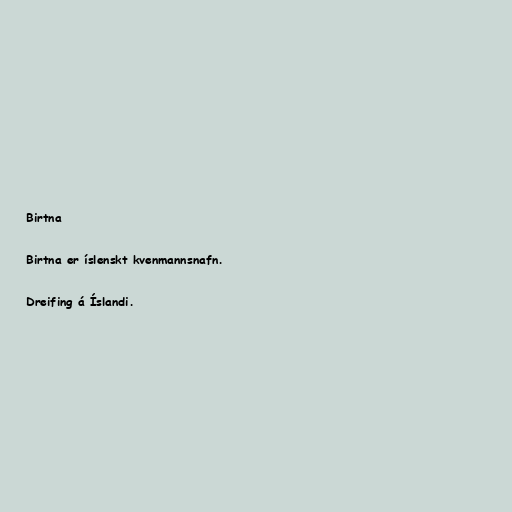
Birtna

Birtna er íslenskt kvenmannsnafn.

Dreifing á Íslandi.